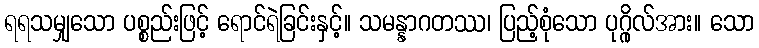
ရရသမျှသော ပစ္စည်းဖြင့် ရောင်ရဲခြင်းနှင့်။ သမန္နာဂတဿ၊ ပြည့်စုံသော ပုဂ္ဂိုလ်အား။ သော